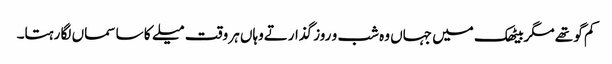
کم گو تھے مگربیٹھک میں جہاں وہ شب و روز گذارتےوہاں ہر وقت میلے کا سا سماں لگا رہتا۔